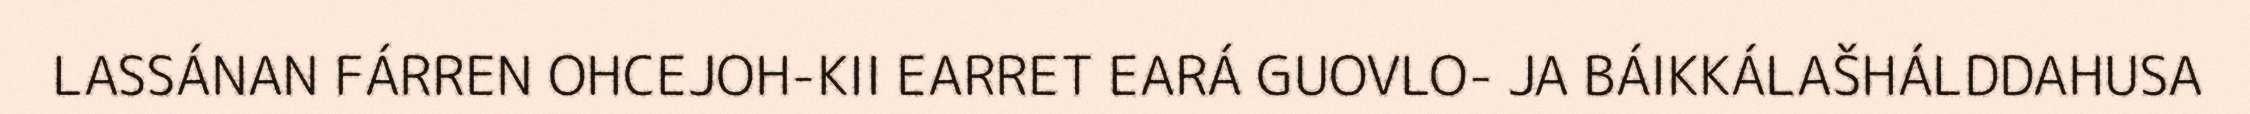
LASSÁNAN FÁRREN OHCEJOH-KII EARRET EARÁ GUOVLO- JA BÁIKKÁLAŠHÁLDDAHUSA